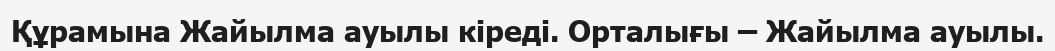
Құрамына Жайылма ауылы кіреді. Орталығы – Жайылма ауылы.